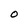
Character: O